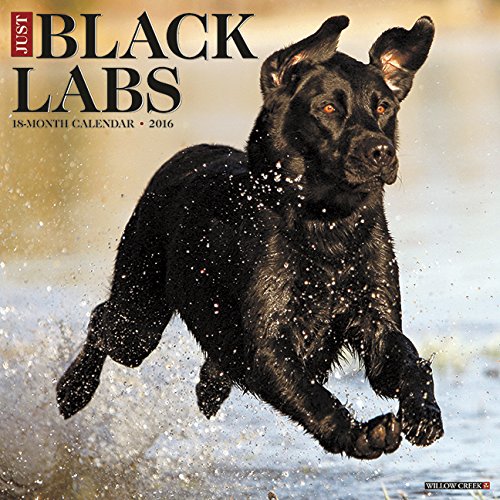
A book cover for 2016 Just Black Labs Wall Calendar; Willow Creek Press; Calendars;